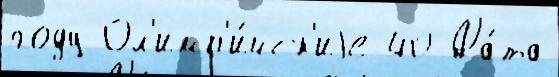
году Ол'имп'и́йск'иjе 40 Да́та